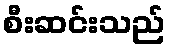
စီးဆင်းသည်